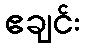
ဧချင်း